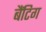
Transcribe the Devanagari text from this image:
बैंटिग